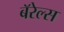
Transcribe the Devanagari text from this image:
बॅरेल्स